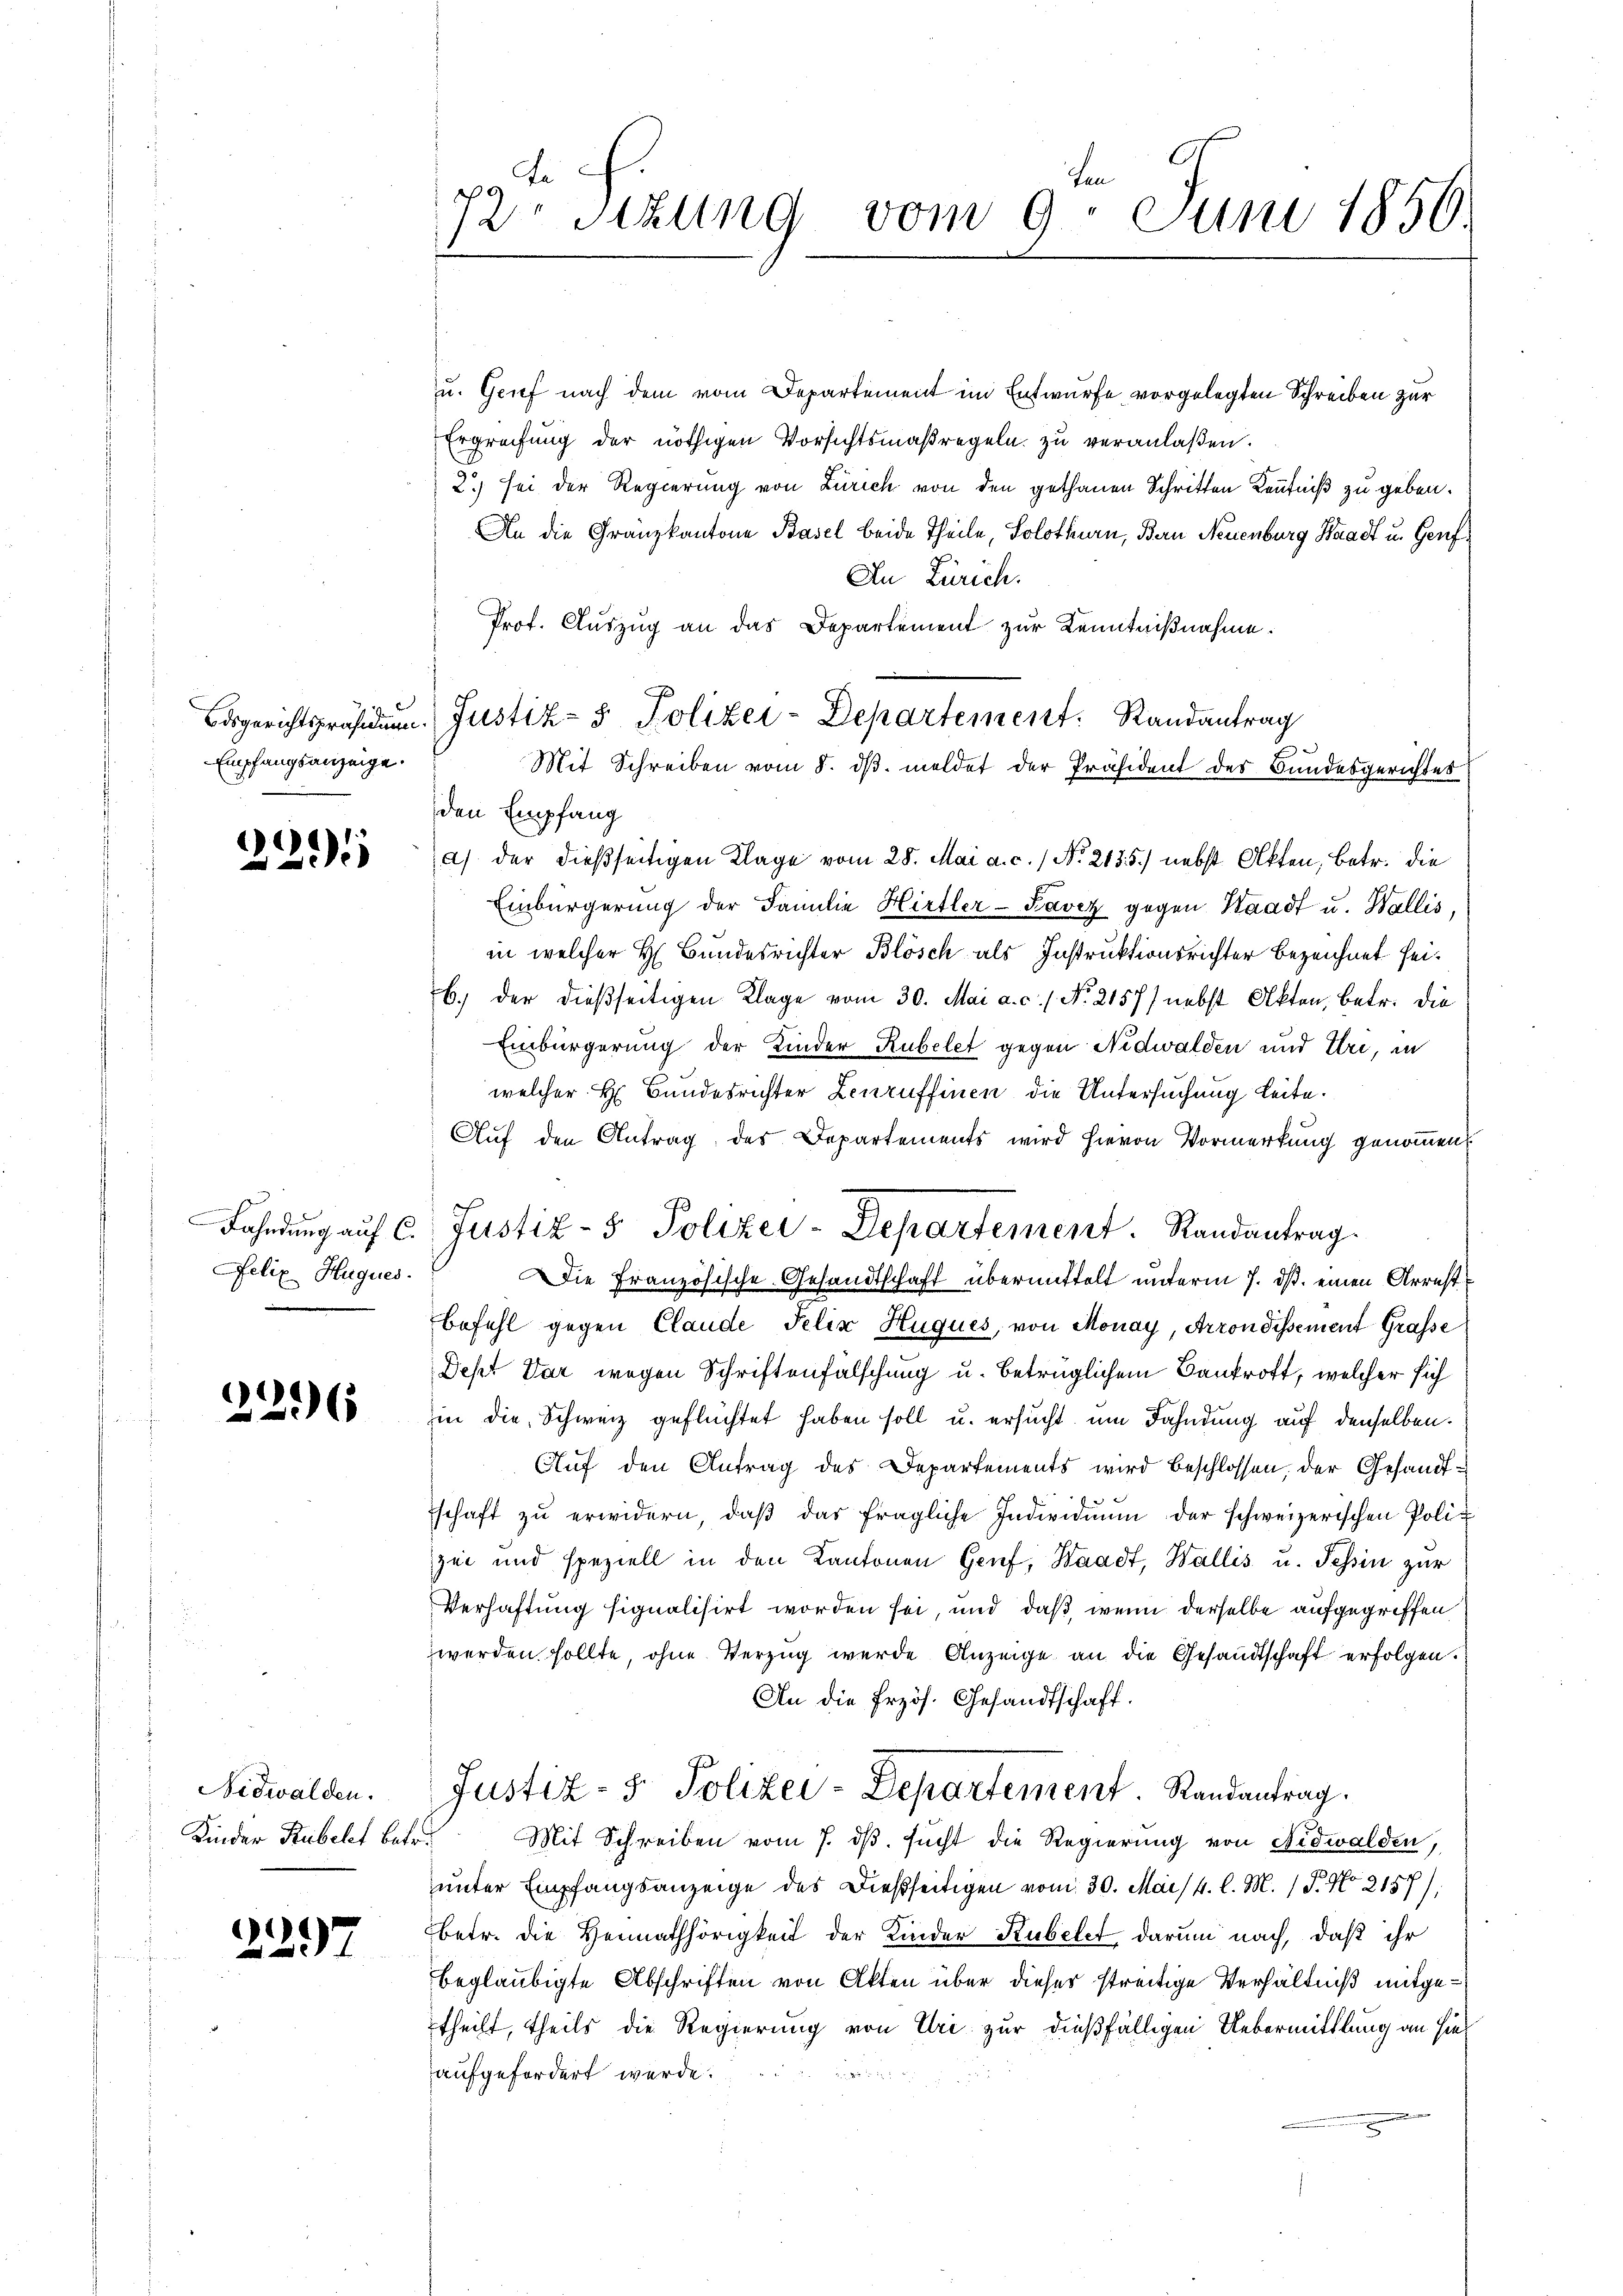
Bdsgerichtspräsiden.
Empfangsanzeige.

e
2015

Fahndung auf C.
Felix Hugues.

2296

Nidwalden.
Kinder Rubelt betr.

2297

ten
72 sizung vom 9. Juni 1850.

u. Grief nach dem vom Departement im Entwurfe vorgelegten Schreiben zur
Ergreifung der nöthigen Vorsichtsmaßregeln zu veranlaßen.
2.) sei der Regierung von Zürich von den gethanen Schritten Kenntniß zu geben.
An die Gränzkantone Basel beide Theile, Solothurn, Bern Neuenburg Waadt u. Genf¬
An Zürich.
Prof. Auszug an das Departement zur Kenntnißnahme.
den Empfang
a) der dießseitigen Klage vom 28. Mai a. c. / No. 2135) nebst Akten, betr. die
Einbürgerung der Familie Hirtler-Favez gegen Staadt u. Wallis,
in welcher H. Bundesrichter Blösch als Instruktionsrichter bezeichnet sei.
b.) der dießseitigen Klage vom 30. Mai a. c. s. No. 2157) nebst Akten, betr. die
Einbürgerung der Kinder Rubelet gegen Nidwalden und Uri, in
welcher H. Bundesrichter Lenruffinen die Untersuchung leite.
Auf den Antrag des Departements wird hievon Vormerkung genommen.
Die Französische Gesandtschaft übermittelt unterm 7. ds. einen Arrestbefehl gegen Claude Felix Huques, von Monay, Arrondissement Grafse
Dept dar wegen Schriftenfalschung u. betrüglichem Bankrott, welcher sich
in die Schweiz geflüchtet haben soll u. ersucht um Fahndung auf denselben.
Auf den Antrag des Departements wird beschlossen, der Gesandtschaft zŭ erwidern, daβ das fragliche Individiŭm der schweizerischen Polizei und speziell in den Kantonen Genf, Waadt, Wallis u. Tessin zur
Verhaftung fiqualisirt worden sei, und daß wenn derselbe aufgegriffen
werden sollte, ohne Verzug wurde Anzeige an die Gesandtschaft erfolgen.
An die Erzös. Gesandtschaft.
Justiz- & Polizei-Departement Randantrag.
Mit Schreiben vom 7. dβ. sucht die Regierung von Nidwalden,
unter Empfangsanzeige des Dießseitigen vom 30. Mai / 4. l. M. (T. No 2187),
betr. die Heimathörigkeit der Kinder Stubelet darum nach, daß ihr
beglaubigte Abschriften von Akten über dieser streitige Verhältniß mitgetheilt, theils die Regierung von Uri zur dießfälligen Uebermittlung an hieaufgefordert werde.

Justiz- & Polizei-Departement. Randantrag
Mit Schreiben vom 8. dβ. meldet der Präsident der Bundesgerichtes

Justiz- & Polizei-Departement. Randantrag.